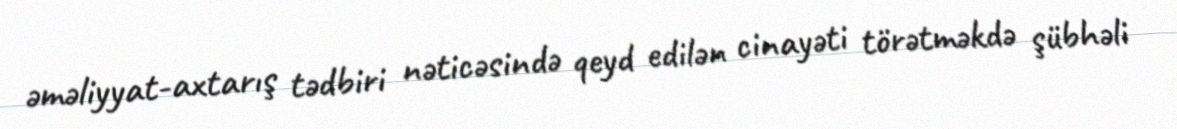
əməliyyat-axtarış tədbiri nəticəsində qeyd edilən cinayəti törətməkdə şübhəli